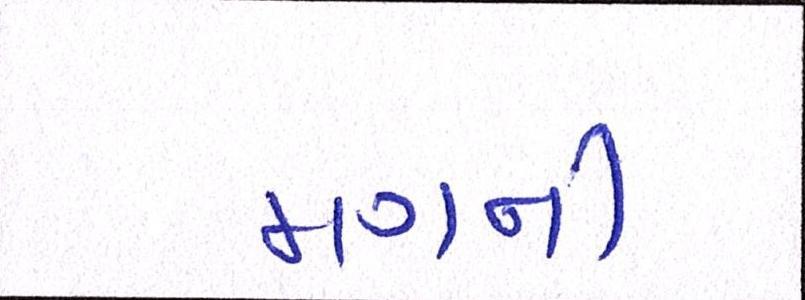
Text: મગની